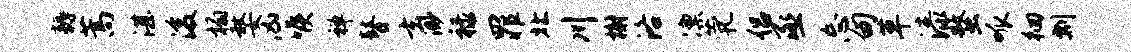
耨蒿湛浚榻嫠凶喉禅瞽玄渺禄罪北川榭洛凛茕侣丞忘甸草漆蝥呱徊剽